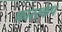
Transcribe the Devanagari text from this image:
फारस्केप